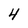
Character: 4